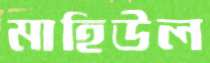
মাহিউল